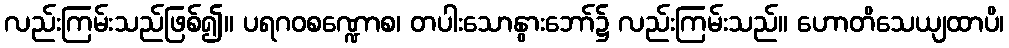
လည်းကြမ်းသည်ဖြစ်၍။ ပရဂဝစဏ္ဍောစ၊ တပါးသောနွားဘော်၌ လည်းကြမ်းသည်။ ဟောတိသေယျထာပိ၊